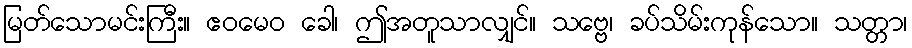
မြတ်သောမင်းကြီး။ ဧဝမေဝ ခေါ၊ ဤအတူသာလျှင်။ သဗ္ဗေ၊ ခပ်သိမ်းကုန်သော။ သတ္တာ၊